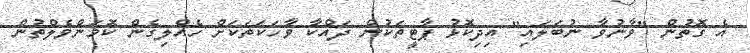
އެ ގޮތުން "ވާނުވާ ނުބަލައި" އިދިކޮޅު ޕާޓީތަކުން ދައްކާ ވާހަކަތަކަށް ހެއްލިގެން ކޮމަންވެލްތުން